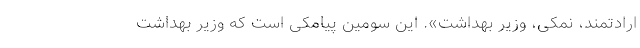
ارادتمند، نمکی، وزیر بهداشت». این سومین پیامکی است که وزیر بهداشت